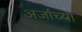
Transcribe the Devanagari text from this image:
अर्जाच्या